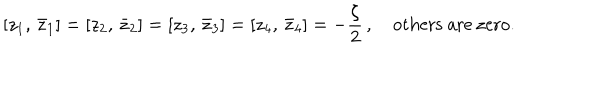
\left[ z _ { 1 } , \, \bar { z } _ { 1 } \right] = \left[ z _ { 2 } , \, \bar { z } _ { 2 } \right] = \left[ z _ { 3 } , \, \bar { z } _ { 3 } \right] = \left[ z _ { 4 } , \, \bar { z } _ { 4 } \right] = - \frac { \zeta } { 2 } \, , \quad \textrm { o t h e r s a r e z e r o } .